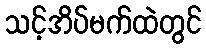
သင့်အိပ်မက်ထဲတွင်